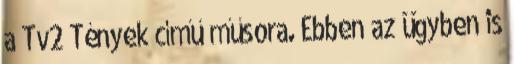
a Tv2 Tények című műsora. Ebben az ügyben is